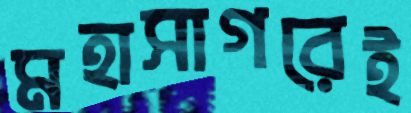
মহাসাগরেই